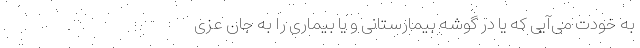
به خودت می‌آیی که یا در گوشه بیمارستانی و یا بیماری را به جان عزی